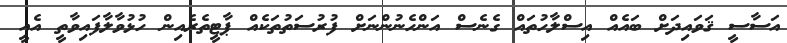
އަސާސީ ޤަވައިދަށް ބައެއް އިސްލާހުތައް ގެނެސް އަންހެނުންނަށް ފުރުސަތުތަކެއް ޕާޓީތެރެއިން ހުޅުވާލާފައިވާތީ އެއީ